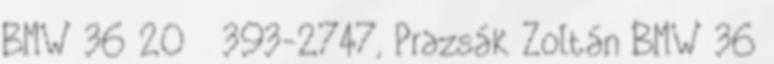
BMW 3620393-2747,Prazsák Zoltán BMW 36